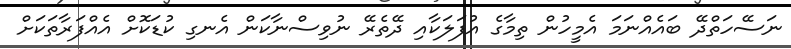
ނަސޭހަތްދޭ ބައެއްނަމަ އެމީހުން ތިމާގެ އުފަލަކާއި ދޭތެރޭ ނުވިސްނާކަން އެނގި ކުޑަކޮށް އެއްފަރާތަކަށް